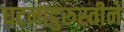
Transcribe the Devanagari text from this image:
घटनादुरुस्तीने